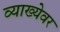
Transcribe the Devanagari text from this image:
व्याख्येवर